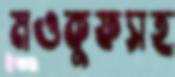
মওকুফসহ